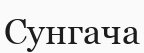
Сунгача